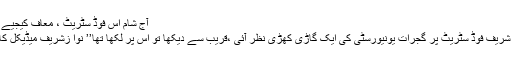
آج شام اس فوڈ سٹریٹ ، معاف کیجیے گا ،
نواز شریف فوڈ سٹریٹ پر گجرات یونیورسٹی کی ایک گاڑی کھڑی نظر آئی ،قریب سے دیکھا تو اس پر لکھا تھا’’ نوا زشریف میڈیکل کالج‘‘۔